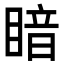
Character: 𪾲